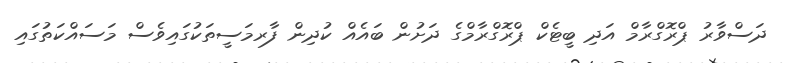
ދަސްވާރު ޕްރޮގްރާމް އަދި ބީޓެކް ޕްރޮގްރާމްގެ ދަށުން ބައެއް ކުދިން ފާރމަސީތަކުގައިވެސް މަސައްކަތުގައި